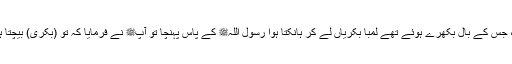
پھر ایک مشرک آیا، جس کے بال بکھرے ہوئے تھے لمبا بکریاں لے کر ہانکتا ہوا رسول اللہﷺ کے پاس پہنچا تو آپﷺ نے فرمایا کہ تو (بکری) بیچتا ہے یا ہدیہ دیتا ہے ؟